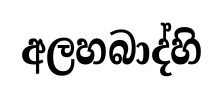
අලහබාද්හි